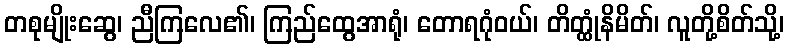
တစုမျိုးဆွေ၊ ညီကြလေ၏၊ ကြည်ထွေအာရုံ၊ တောရဂုံဝယ်၊ တိတ္ထုံနိမိတ်၊ လူတို့စိတ်သို့၊